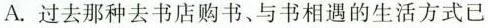
A. 过去那种去书店购书、与书相遇的生活方式已